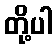
တို့ပါ